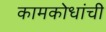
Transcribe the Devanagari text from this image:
कामकोधांची